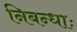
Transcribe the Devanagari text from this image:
निबन्धाः